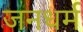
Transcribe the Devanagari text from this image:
जनधर्म